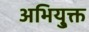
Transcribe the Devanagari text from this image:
अभियु्क्त